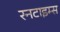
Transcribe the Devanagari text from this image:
रनटाइम्स